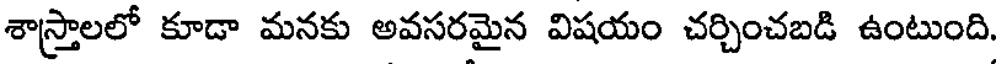
శాస్త్రాలలో కూడా మనకు అవసరమైన విషయం చర్చించబడి ఉంటుంది.